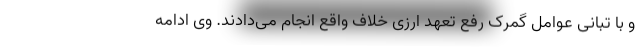
و با تبانی عوامل گمرک رفع تعهد ارزی خلاف واقع انجام می‌دادند. وی ادامه